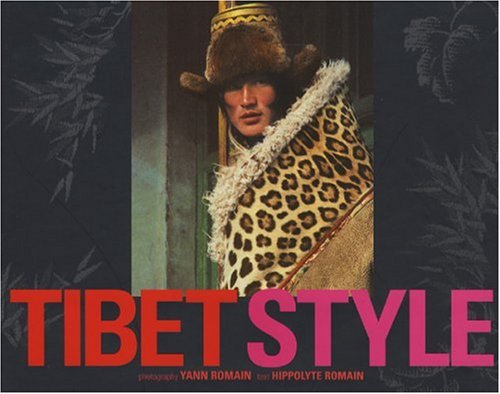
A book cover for Tibet Style; Hippolyte Romain; Travel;